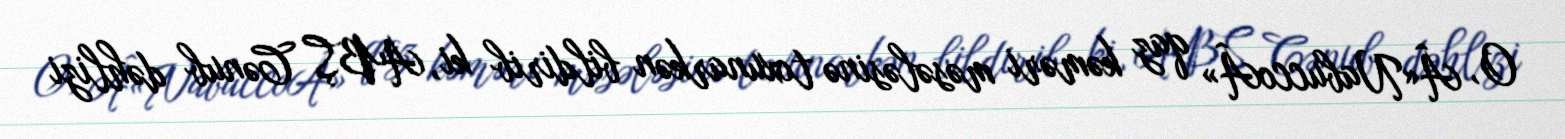
O, Â«NabuccoÂ» qaz kəməri məsələsinə toxunarkən bildirib ki, ABŞ Cənub dəhlizi